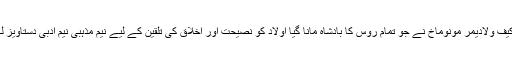
شاہ کیف ولادیمر مونوماخ نے جو تمام روس کا بادشاہ مانا گیا اولاد کو نصیحت اور اخلاق کی تلقین کے لیے نیم مذہبی نیم ادبی دستاویز لکھی۔